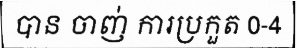
បាន ចាញ់ ការប្រកួត 0-4